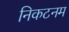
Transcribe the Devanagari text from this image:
निकटनम